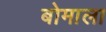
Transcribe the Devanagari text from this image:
बोमाला